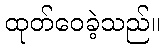
ထုတ်ဝေခဲ့သည်။